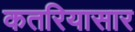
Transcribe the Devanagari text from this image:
कतरियासार